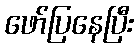
ဖော်ပြနေပြီး